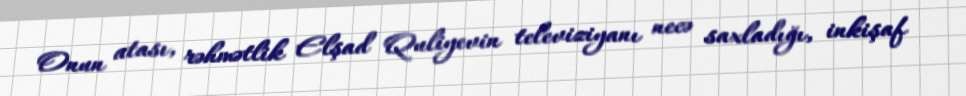
Onun atası, rəhmətlik Elşad Quliyevin televiziyanı necə saxladığı, inkişaf